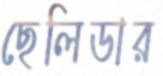
ছেলিডার